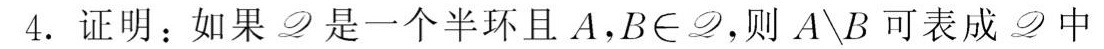
4. 证明：如果 $\mathscr{D}$ 是一个半环且 $A,B\in\mathscr{D}$,则 $A\setminus B$ 可表成 $\mathscr{D}$ 中